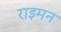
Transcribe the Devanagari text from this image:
राइमन